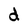
Character: d